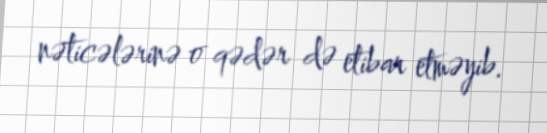
nəticələrinə o qədər də etibar etməyib.